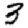
Digit: 3